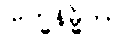
ဗြဟ္မနိမ္မိတာ